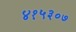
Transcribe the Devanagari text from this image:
४१५३०७